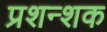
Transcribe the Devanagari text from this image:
प्रशन्शक